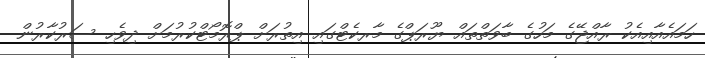
ހަމައެއާއިއެކު ރާއްޖޭގެ މަހުގެ ބާވަތްތައް ޔޫރަޕްގެ މާރކެޓްގައި އިތުރަށް ޕްރޮމޯޓްކުރުމަށް ދިވެހި ސަރުކާރުން